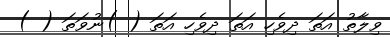
ވިލާތު އަތަ ދިވެހި އަތަ ދިވެހި އަތަ ( )ނުވަތަ ( )